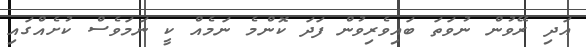
އަދި ރޭވުން ނުވަތަ ބައިވެރިވުން ފަދަ ކޮންމެ ނަމެއް ކީ ނަމަވެސް ކުށެއްގައި